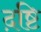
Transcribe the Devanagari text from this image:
द़ष्टि